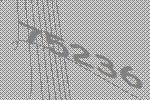
75236